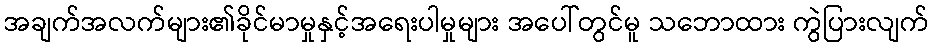
အချက်အလက်များ၏ခိုင်မာမှုနှင့်အရေးပါမှုများ အပေါ်တွင်မူ သဘောထား ကွဲပြားလျက်